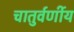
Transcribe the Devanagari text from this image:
चातुर्वर्णीय